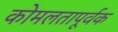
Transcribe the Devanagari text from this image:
कोमलतापूर्वक